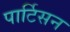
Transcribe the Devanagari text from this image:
पार्टिसन